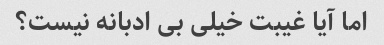
اما آیا غیبت خیلی بی ادبانه نیست؟